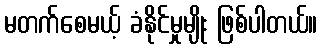
မတက်စေမယ့် ခံနိုင်မှုမျိုး ဖြစ်ပါတယ်။